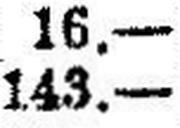
143.—